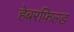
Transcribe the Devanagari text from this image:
हेबरफिल्ड